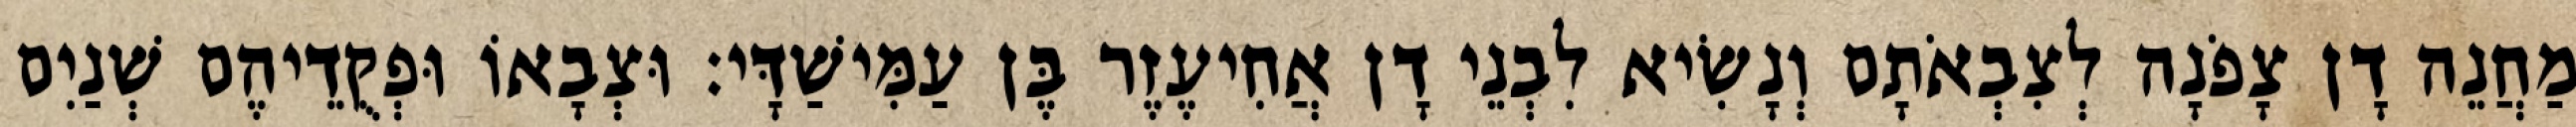
מַחֲנֵה דָן צָפֹנָה לְצִבְאֹתָם וְנָשִׂיא לִבְנֵי דָן אֲחִיעֶזֶר בֶּן עַמִּישַׁדָּי׃ וּצְבָאוֹ וּפְקֻדֵיהֶם שְׁנַיִם